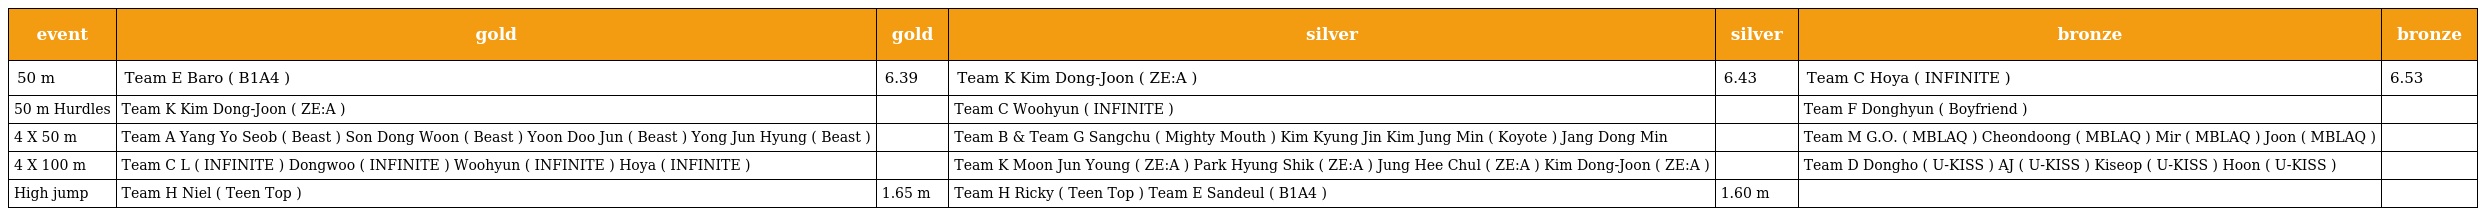
| event | gold | gold | silver | silver | bronze | bronze |
 | --- | --- | --- | --- | --- | --- | --- |
 | 50 m | Team E Baro ( B1A4 ) | 6.39 | Team K Kim Dong-Joon ( ZE:A ) | 6.43 | Team C Hoya ( INFINITE ) | 6.53 |
 | 50 m Hurdles | Team K Kim Dong-Joon ( ZE:A ) |  | Team C Woohyun ( INFINITE ) |  | Team F Donghyun ( Boyfriend ) |  |
 | 4 X 50 m | Team A Yang Yo Seob ( Beast ) Son Dong Woon ( Beast ) Yoon Doo Jun ( Beast ) Yong Jun Hyung ( Beast ) |  | Team B & Team G Sangchu ( Mighty Mouth ) Kim Kyung Jin Kim Jung Min ( Koyote ) Jang Dong Min |  | Team M G.O. ( MBLAQ ) Cheondoong ( MBLAQ ) Mir ( MBLAQ ) Joon ( MBLAQ ) |  |
 | 4 X 100 m | Team C L ( INFINITE ) Dongwoo ( INFINITE ) Woohyun ( INFINITE ) Hoya ( INFINITE ) |  | Team K Moon Jun Young ( ZE:A ) Park Hyung Shik ( ZE:A ) Jung Hee Chul ( ZE:A ) Kim Dong-Joon ( ZE:A ) |  | Team D Dongho ( U-KISS ) AJ ( U-KISS ) Kiseop ( U-KISS ) Hoon ( U-KISS ) |  |
 | High jump | Team H Niel ( Teen Top ) | 1.65 m | Team H Ricky ( Teen Top ) Team E Sandeul ( B1A4 ) | 1.60 m |  |  |